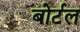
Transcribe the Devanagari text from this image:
बोर्टल